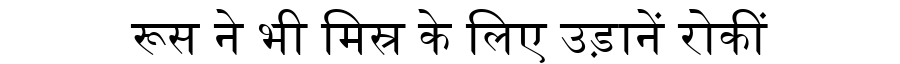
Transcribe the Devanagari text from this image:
रूस ने भी मिस्र के लिए उड़ानें रोकीं